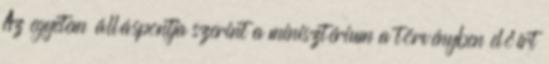
Az egyetem álláspontja szerint a minisztérium a törvényben előírt